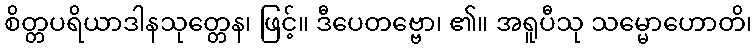
စိတ္တပရိယာဒါနသုတ္တေန၊ ဖြင့်။ ဒီပေတဗ္ဗော၊ ၏။ အရူပီသု သမ္မောဟောတိ၊